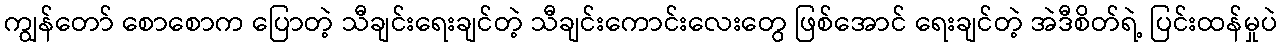
ကျွန်တော် စောစောက ပြောတဲ့ သီချင်းရေးချင်တဲ့ သီချင်းကောင်းလေးတွေ ဖြစ်အောင် ရေးချင်တဲ့ အဲဒီစိတ်ရဲ့ ပြင်းထန်မှုပဲ